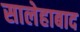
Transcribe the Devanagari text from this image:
सालेहाबाद